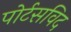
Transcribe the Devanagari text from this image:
पोर्टसविद